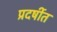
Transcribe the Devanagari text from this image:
प्रदर्षीत